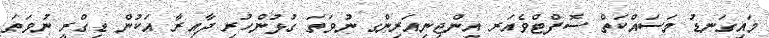
މައިގަނޑު މަސައްކަތް ސޮފްޓްވެއަރ އިންޖިނިއަރިންގ ނުވަތަ ގުޅުންހުރި ދާއިރާ އަކުން ޑިގްރީ ނުވަތަ